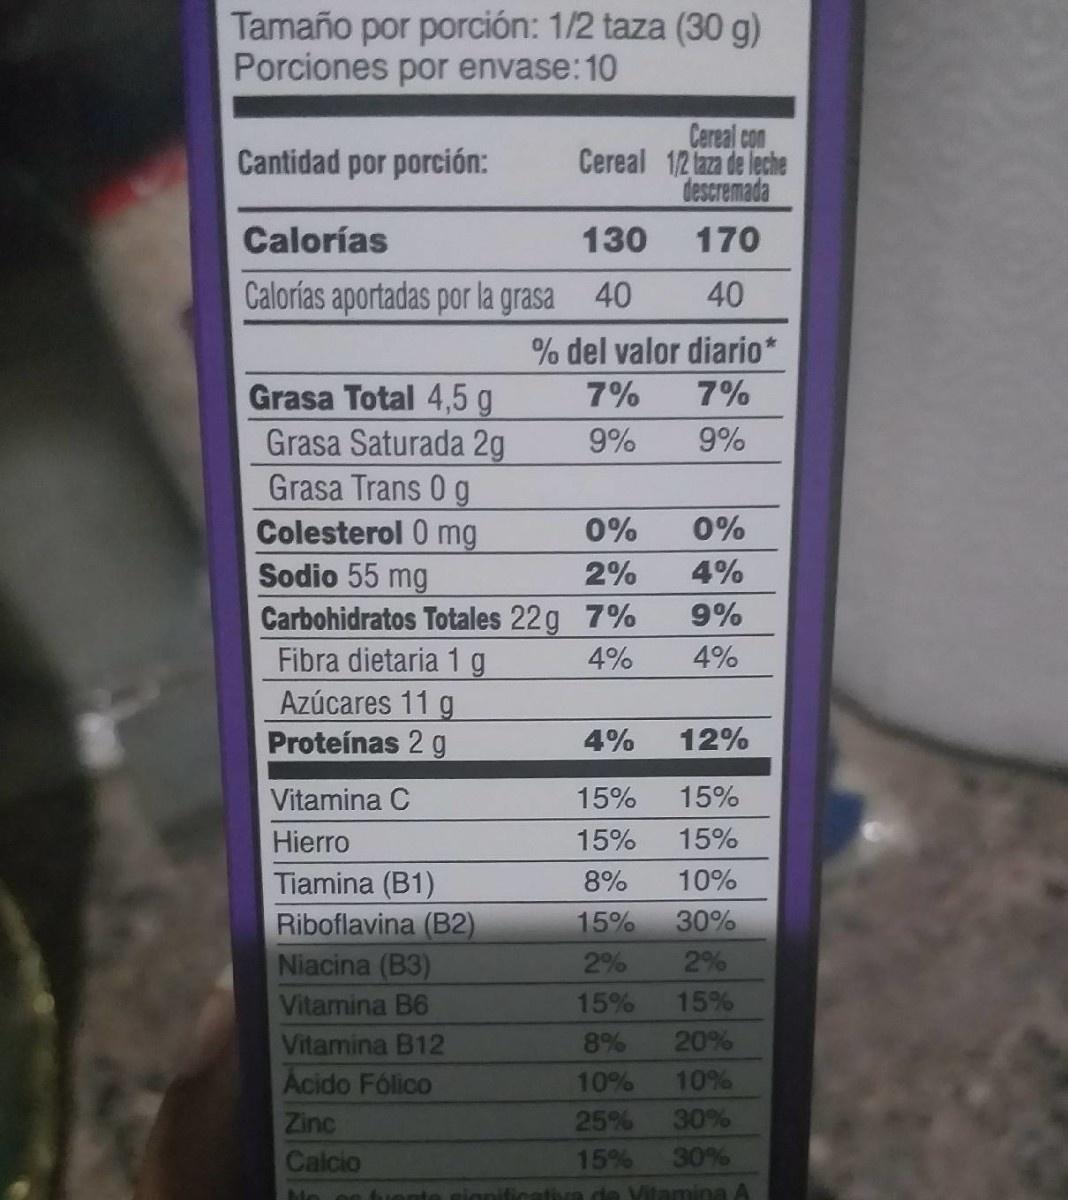
Tamaño por porción: 1/2 taza (30 g) Porciones por envase:10
Cereal con Cereal 1/2 laza de leche descremada
Cantidad por porción:
Calorías
130
170
Calorías aportadas por la grasa 40
40
% del valor diario*
Grasa Total 4,5 g Grasa Saturada 2g Grasa Trans 0 g Colesterol 0 mg Sodio 55 mg
7%
7%
9%
9%
0%
0%
2%
4%
Carbohidratos Totales 22g 7% Fibra dietaria 1 g Azúcares 11 g Proteínas 2 g
9%
4%
4%
4%
12%
Vitamina C
15%
15%
Hierro
15%
15%
Tiamina (B1) Riboflavina (B2) Niacina (B3)
8%
10%
15%
30%
2%
2%
Vitamina B6
15%
15%
Vitamina B12
8%
20%
Acido Fólico
10%
10%
Zinc
25%
30%
Calcio
15%
30%
cativa de Vitamina A